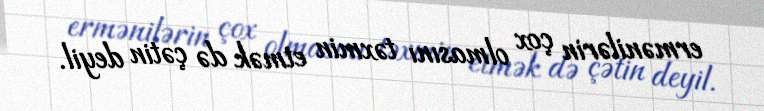
ermənilərin çox olmasını təxmin etmək də çətin deyil.